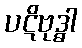
ပဋိဗုဒ္ဓါ